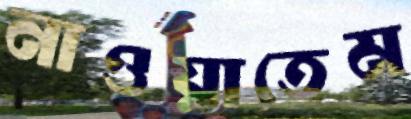
নাওয়াতেম